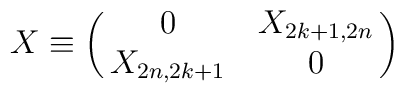
X \equiv  \pmatrix{  0 & X_{2k+1,2n} \cr          X_{2n, 2k+1} & 0  \cr }  \,